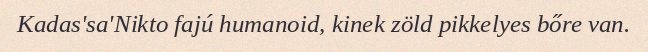
Kadas'sa'Nikto fajú humanoid, kinek zöld pikkelyes bőre van.